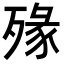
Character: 𣨶